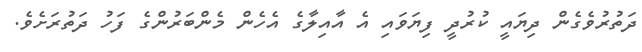
ދަތުރުވެގެން ދިޔައީ ކުރުދީ ފިޔަވައި އެ އާއިލާގެ އެހެން މެންބަރުންގެ ފަހު ދަތުރަށެވެ.